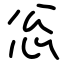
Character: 忩